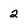
Character: 2